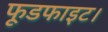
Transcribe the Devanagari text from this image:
फूडफाइट।